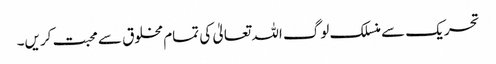
تحریک سے منسلک لوگ اللہ تعالیٰ کی تمام مخلوق سے محبت کریں۔